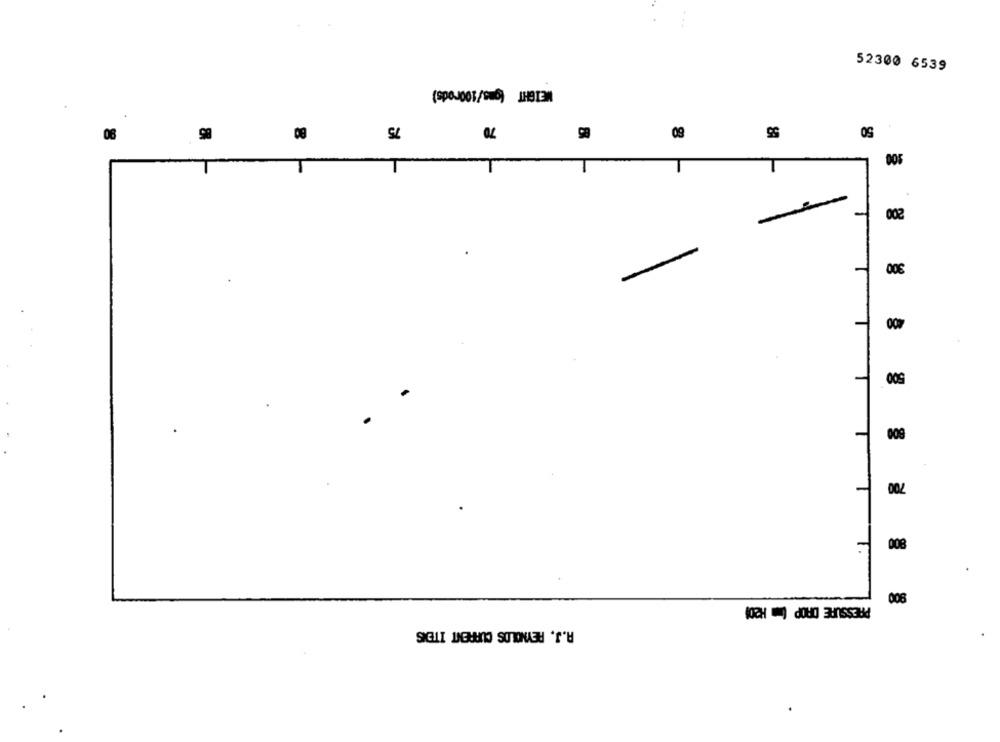
52300 6539
08
OS
-
002
300
009
gg
700
008
PRESSURE DROP (m H201
008
R.J. REYNOLDS CURRENT ITENS